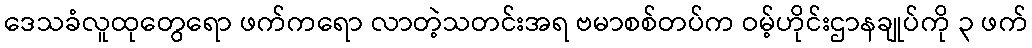
ဒေသခံလူထုတွေရော ဖက်ကရော လာတဲ့သတင်းအရ ဗမာစစ်တပ်က ဝမ့်ဟိုင်းဌာနချုပ်ကို ၃ ဖက်